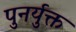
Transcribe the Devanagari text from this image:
पुनर्युक्त